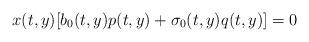
LaTeX: \begin{align*} x(t,y) [b_0(t,y)p(t,y) + \sigma_0(t,y)q(t,y)]=0 \end{align*}